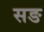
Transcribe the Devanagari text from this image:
सङ